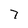
Character: 7